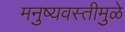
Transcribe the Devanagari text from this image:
मनुष्यवस्तीमुळे